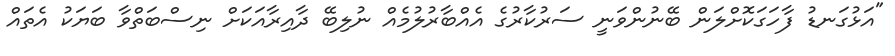
"އަޅުގަނޑު ފާހަގަކޮށްލަން ބޭނުންވަނީ ސަރުކާރުގެ އެއްބާރުލުމެއް ނުލިބޭ ދާއިރާއަކަށް ނިސްބަތްވާ ބަޔަކު އެތައް